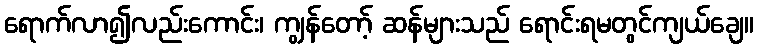
ရောက်လာ၍လည်းကောင်း၊ ကျွန်တော့် ဆန်များသည် ရောင်းရမတွင်ကျယ်ချေ။